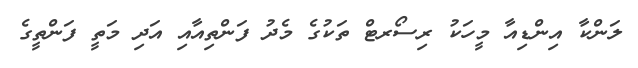
ލަންކާ އިންޑިއާ މީހަކު ރިސޯރޓް ތަކުގެ މެދު ފަންތިއާއި އަދި މަތީ ފަންތީގެ